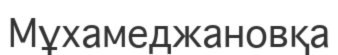
Мұхамеджановқа